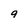
Character: 9